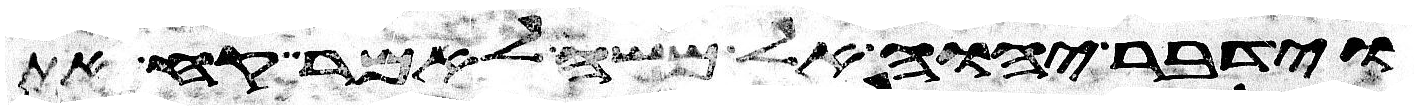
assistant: וידבר יהוה אל משה לאמר קח את